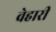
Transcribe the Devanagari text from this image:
वेहारी